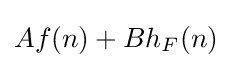
Af(n)+Bh_{F}(n)